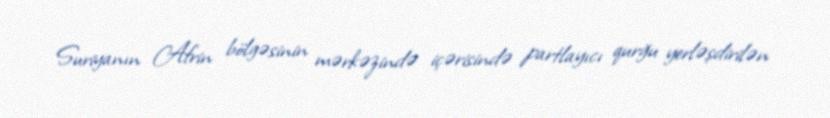
Suriyanın Afrin bölgəsinin mərkəzində içərisində partlayıcı qurğu yerləşdirilən